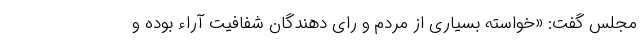
مجلس گفت: «خواسته بسیاری از مردم و رای دهندگان شفافیت آراء بوده و